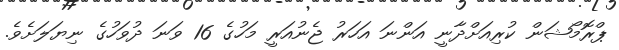
ޕްރޮމޯޝަން ކުރިއަށްދާނީ އަންނަ އަހަރު ޖެނުއަރީ މަހުގެ 16 ވަނަ ދުވަހުގެ ނިޔަލަށެވެ.